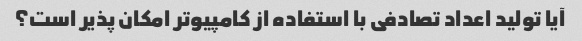
آیا تولید اعداد تصادفی با استفاده از کامپیوتر امکان پذیر است؟